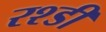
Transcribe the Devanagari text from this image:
रश्डी